Scottish Education Department, 1929
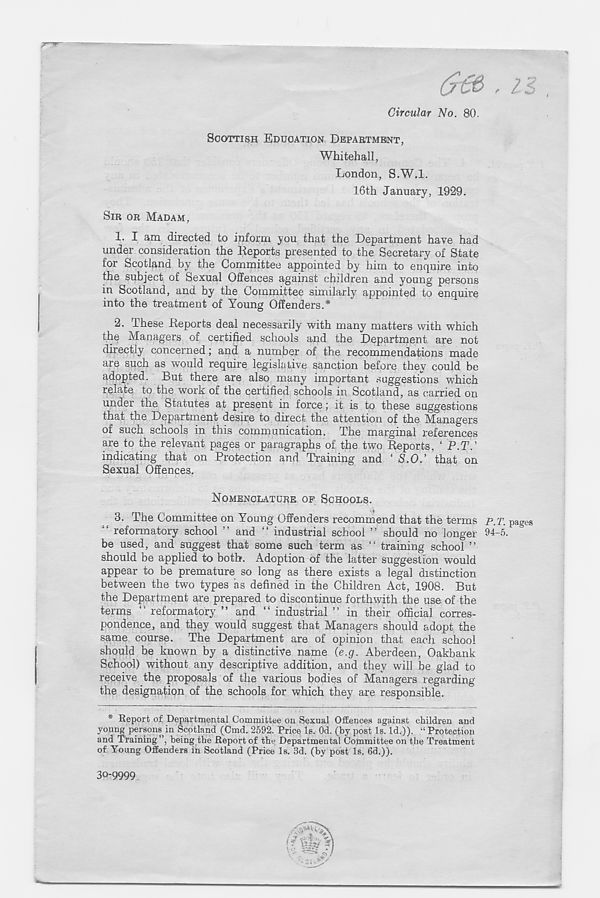
L'
Circular No. 80.
SCOTTISH EDUCATION DEPARTMENT,
Whitehall,
London, S.W.l.
16th January, 1929.
SIR OR MADAM,
1. I am directed to inform you that the Department have had
under consideration the Heports presented to the Secretary of State
for Scotland by the Committee appointed by him to enquire into
the subject of Sexual Offences against children and young persons
in Scotland, and by the Committee similarly appointed to enquire
into the treatment of Young Offenders.*
2. These Deports deal necessarily with many matters with which
the Managers of certified schools and the Department are not
directly concerned; and a number of the recommendations made
are such as would require legislative sanction before they could be
adopted. But there are also many important suggestions which
relate to the work of the certified schools in Scotland, as carried on
under the Statutes at present in force; it is to these suggestions
that the Department desire to direct the attention of the Managers
of such schools in this communication. The marginal references
are to the relevant pages or paragraphs of the two Deports, ‘ P.T.’
indicating that on Protection and Training and ‘ S.O.’ that on
Sexual Offences,
NOMENCLATURE OP SCHOOLS.
3.
The Committee on Young Offenders reco
“ reformatory school ” and “ industrial school ” should no longer
be used, and suggest that some such term as “ training school ”
should be applied to both. Adoption of the latter suggestion would
appear to be premature so long as there exists a legal distinction
between the two types as defined in the Children Act, 1908. But
the Department are prepared to discontinue forthwith the use of the
terms “ reformatory ” and “ industrial ” in their official corres-
pondence, and they would suggest that Managers should adopt the
same course. The Department are of opinion that each school
should be known by a distinctive name (e.g. Aberdeen, Oakbank
School) without any descriptive addition, and they will be glad to
receive the proposals of the various bodies of Managers regarding
the designation of the schools for which they are responsible.
* Report of Departmental Committee on Sexual Offences against children and
young persons in Scotland (Cmd. 2592. Price Is. Od. (by post Is. Id.)). “ Protection
and Training”, being the Report of the Departmental Committee on the Treatment
of Young Offenders in Scotland (Price Is. 3d. (by post Is. 6d.)).
P. T. pages
94-5.
30-9999